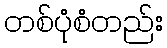
တစ်ပုံစံတည်း